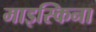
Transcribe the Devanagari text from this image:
माइस्किना